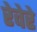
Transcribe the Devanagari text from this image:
रेवेरे